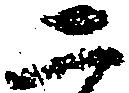
二